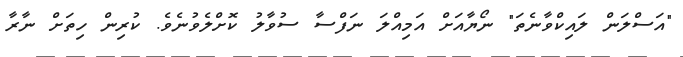
"އަސްލަން ލައިކްވާނެތަ" ނޯޔާއަށް އަމިއްލަ ނަފްސާ ސުވާލު ކޮށްލެވުނެވެ. ކުރިން ހިތަށް ނާރާ